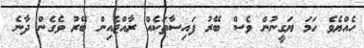
ހެއްޔެވެ ހަމަ ޔަގީނުން ވެސް ބޭރު ފައިސާތަކެއް ރާއްޖެއިން ބޭރު ވެގެން ދާނެ